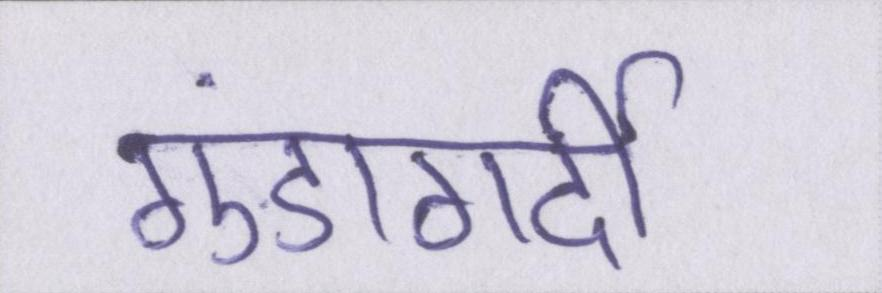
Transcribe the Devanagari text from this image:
गुंडागर्दी